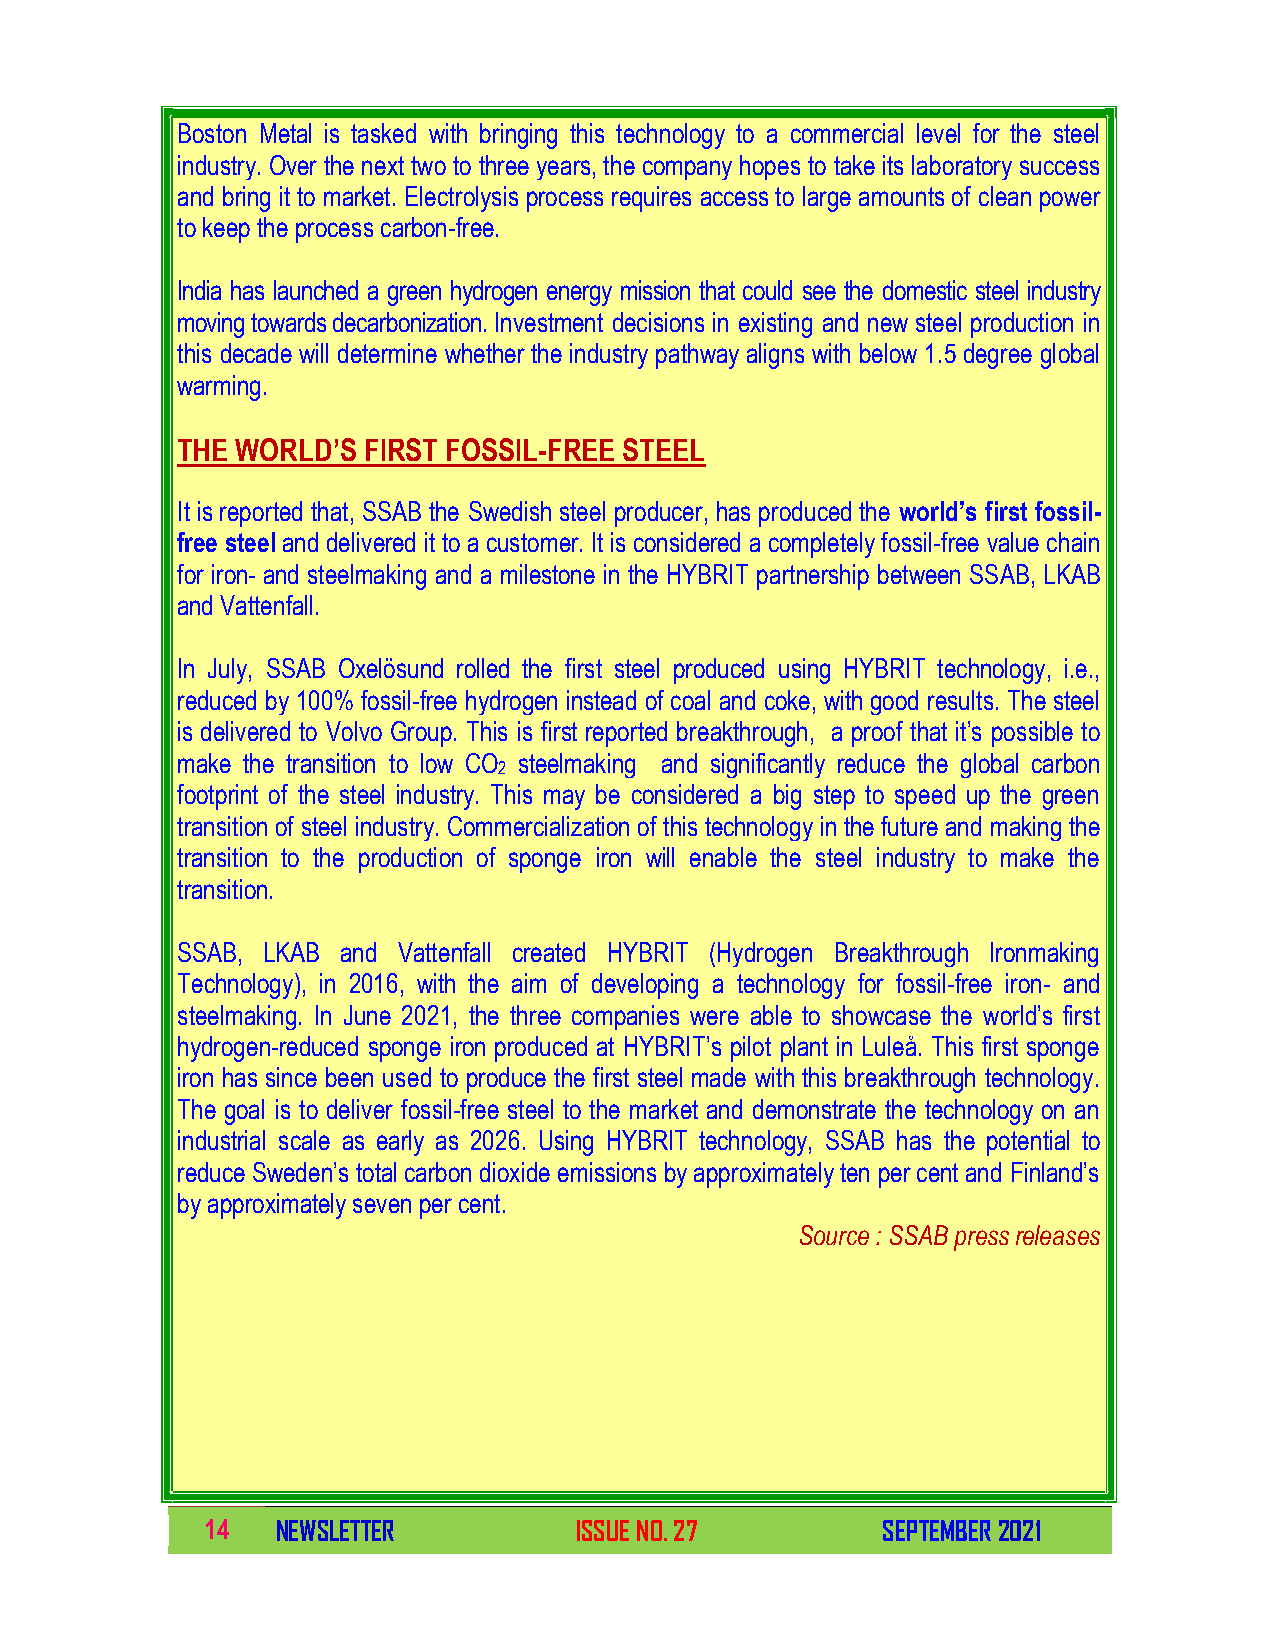
Boston Metal is tasked with bringing this technology to a commercial level for the steel
 industry. Over the next two to three years, the company hopes to take its laboratory success
 and bring it to market. Electrolysis process requires access to large amounts of clean power
 to keep the process carbon-free.
 India has launched a green hydrogen energy mission that could see the domestic steel industry
 moving towards decarbonization. Investment decisions in existing and new steel production in
 this decade will determine whether the industry pathway aligns with below 1.5 degree global
 warming.
 THE WORLD’S FIRST FOSSIL-FREE STEEL
 It is reported that, SSAB the Swedish steel producer, has produced the world’s first fossil-
 free steel and delivered it to a customer. It is considered a completely fossil-free value chain
 for iron- and steelmaking and a milestone in the HYBRIT partnership between SSAB, LKAB
 and Vattenfall.
 In July, SSAB Oxelösund rolled the first steel produced using HYBRIT technology, i.e.,
 reduced by 100% fossil-free hydrogen instead of coal and coke, with good results. The steel
 is delivered to Volvo Group. This is first reported breakthrough, a proof that it’s possible to
 make the transition to low CO steelmaking and significantly reduce the global carbon
 2
 footprint of the steel industry. This may be considered a big step to speed up the green
 transition of steel industry. Commercialization of this technology in the future and making the
 transition to the production of sponge iron will enable the steel industry to make the
 transition.
 SSAB, LKAB and Vattenfall created HYBRIT (Hydrogen Breakthrough Ironmaking
 Technology), in 2016, with the aim of developing a technology for fossil-free iron- and
 steelmaking. In June 2021, the three companies were able to showcase the world’s first
 hydrogen-reduced sponge iron produced at HYBRIT’s pilot plant in Luleå. This first sponge
 iron has since been used to produce the first steel made with this breakthrough technology.
 The goal is to deliver fossil-free steel to the market and demonstrate the technology on an
 industrial scale as early as 2026. Using HYBRIT technology, SSAB has the potential to
 reduce Sweden’s total carbon dioxide emissions by approximately ten per cent and Finland’s
 by approximately seven per cent.
 Source : SSAB press releases
 14  NEWSLETTER          ISSUE NO. 27        SEPTEMBER 2021